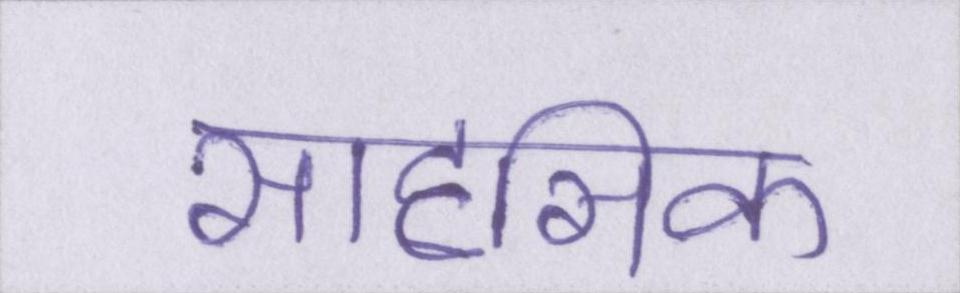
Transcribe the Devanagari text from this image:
साहसिक